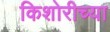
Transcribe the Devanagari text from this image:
किशोरीच्या